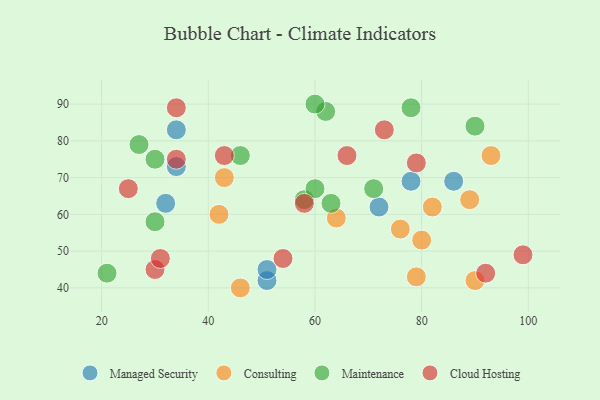
{"axis": {"x": "GDP", "y": "Life Expectancy"}, "legend": ["Cloud Hosting", "Consulting", "Maintenance", "Managed Security"], "data": [{"x": "51", "y": 42, "type": "Managed Security"}, {"x": "34", "y": 73, "type": "Managed Security"}, {"x": "86", "y": 69, "type": "Managed Security"}, {"x": "34", "y": 83, "type": "Managed Security"}, {"x": "72", "y": 62, "type": "Managed Security"}, {"x": "78", "y": 69, "type": "Managed Security"}, {"x": "32", "y": 63, "type": "Managed Security"}, {"x": "51", "y": 45, "type": "Managed Security"}, {"x": "80", "y": 53, "type": "Consulting"}, {"x": "42", "y": 60, "type": "Consulting"}, {"x": "82", "y": 62, "type": "Consulting"}, {"x": "79", "y": 43, "type": "Consulting"}, {"x": "46", "y": 40, "type": "Consulting"}, {"x": "90", "y": 42, "type": "Consulting"}, {"x": "76", "y": 56, "type": "Consulting"}, {"x": "93", "y": 76, "type": "Consulting"}, {"x": "89", "y": 64, "type": "Consulting"}, {"x": "43", "y": 70, "type": "Consulting"}, {"x": "64", "y": 59, "type": "Consulting"}, {"x": "71", "y": 67, "type": "Maintenance"}, {"x": "58", "y": 64, "type": "Maintenance"}, {"x": "62", "y": 88, "type": "Maintenance"}, {"x": "46", "y": 76, "type": "Maintenance"}, {"x": "60", "y": 90, "type": "Maintenance"}, {"x": "63", "y": 63, "type": "Maintenance"}, {"x": "78", "y": 89, "type": "Maintenance"}, {"x": "30", "y": 58, "type": "Maintenance"}, {"x": "30", "y": 75, "type": "Maintenance"}, {"x": "90", "y": 84, "type": "Maintenance"}, {"x": "27", "y": 79, "type": "Maintenance"}, {"x": "21", "y": 44, "type": "Maintenance"}, {"x": "60", "y": 67, "type": "Maintenance"}, {"x": "30", "y": 45, "type": "Cloud Hosting"}, {"x": "58", "y": 63, "type": "Cloud Hosting"}, {"x": "66", "y": 76, "type": "Cloud Hosting"}, {"x": "92", "y": 44, "type": "Cloud Hosting"}, {"x": "43", "y": 76, "type": "Cloud Hosting"}, {"x": "25", "y": 67, "type": "Cloud Hosting"}, {"x": "34", "y": 89, "type": "Cloud Hosting"}, {"x": "34", "y": 75, "type": "Cloud Hosting"}, {"x": "73", "y": 83, "type": "Cloud Hosting"}, {"x": "31", "y": 48, "type": "Cloud Hosting"}, {"x": "54", "y": 48, "type": "Cloud Hosting"}, {"x": "79", "y": 74, "type": "Cloud Hosting"}, {"x": "99", "y": 49, "type": "Cloud Hosting"}]}